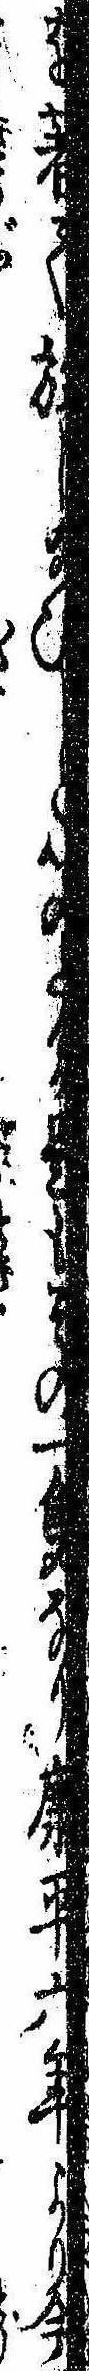
を著て放し給ひしと聞たるが是もその一隻なり康平六年より今